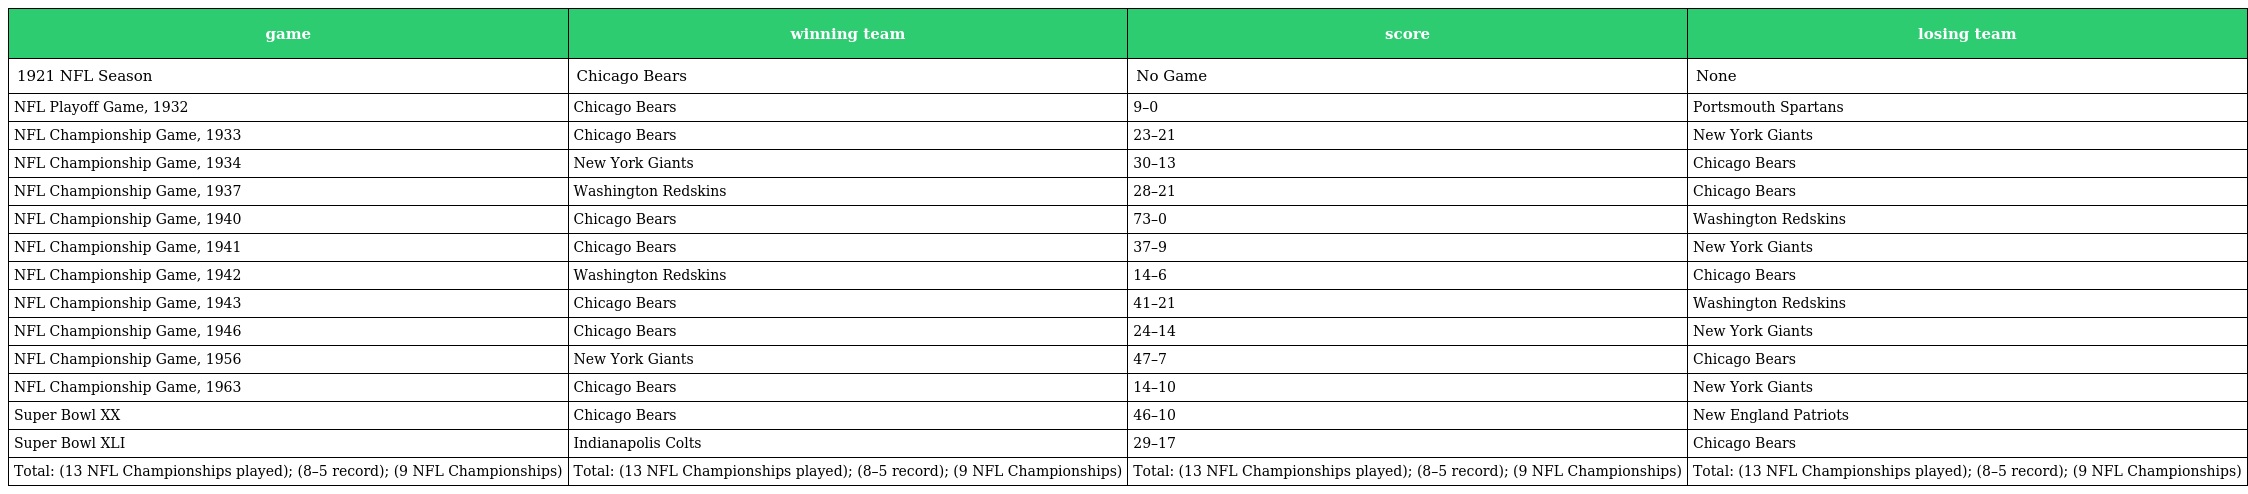
| game | winning team | score | losing team |
 | --- | --- | --- | --- |
 | 1921 NFL Season | Chicago Bears | No Game | None |
 | NFL Playoff Game, 1932 | Chicago Bears | 9–0 | Portsmouth Spartans |
 | NFL Championship Game, 1933 | Chicago Bears | 23–21 | New York Giants |
 | NFL Championship Game, 1934 | New York Giants | 30–13 | Chicago Bears |
 | NFL Championship Game, 1937 | Washington Redskins | 28–21 | Chicago Bears |
 | NFL Championship Game, 1940 | Chicago Bears | 73–0 | Washington Redskins |
 | NFL Championship Game, 1941 | Chicago Bears | 37–9 | New York Giants |
 | NFL Championship Game, 1942 | Washington Redskins | 14–6 | Chicago Bears |
 | NFL Championship Game, 1943 | Chicago Bears | 41–21 | Washington Redskins |
 | NFL Championship Game, 1946 | Chicago Bears | 24–14 | New York Giants |
 | NFL Championship Game, 1956 | New York Giants | 47–7 | Chicago Bears |
 | NFL Championship Game, 1963 | Chicago Bears | 14–10 | New York Giants |
 | Super Bowl XX | Chicago Bears | 46–10 | New England Patriots |
 | Super Bowl XLI | Indianapolis Colts | 29–17 | Chicago Bears |
 | Total: (13 NFL Championships played); (8–5 record); (9 NFL Championships) | Total: (13 NFL Championships played); (8–5 record); (9 NFL Championships) | Total: (13 NFL Championships played); (8–5 record); (9 NFL Championships) | Total: (13 NFL Championships played); (8–5 record); (9 NFL Championships) |